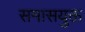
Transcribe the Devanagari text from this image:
समासयुक्त